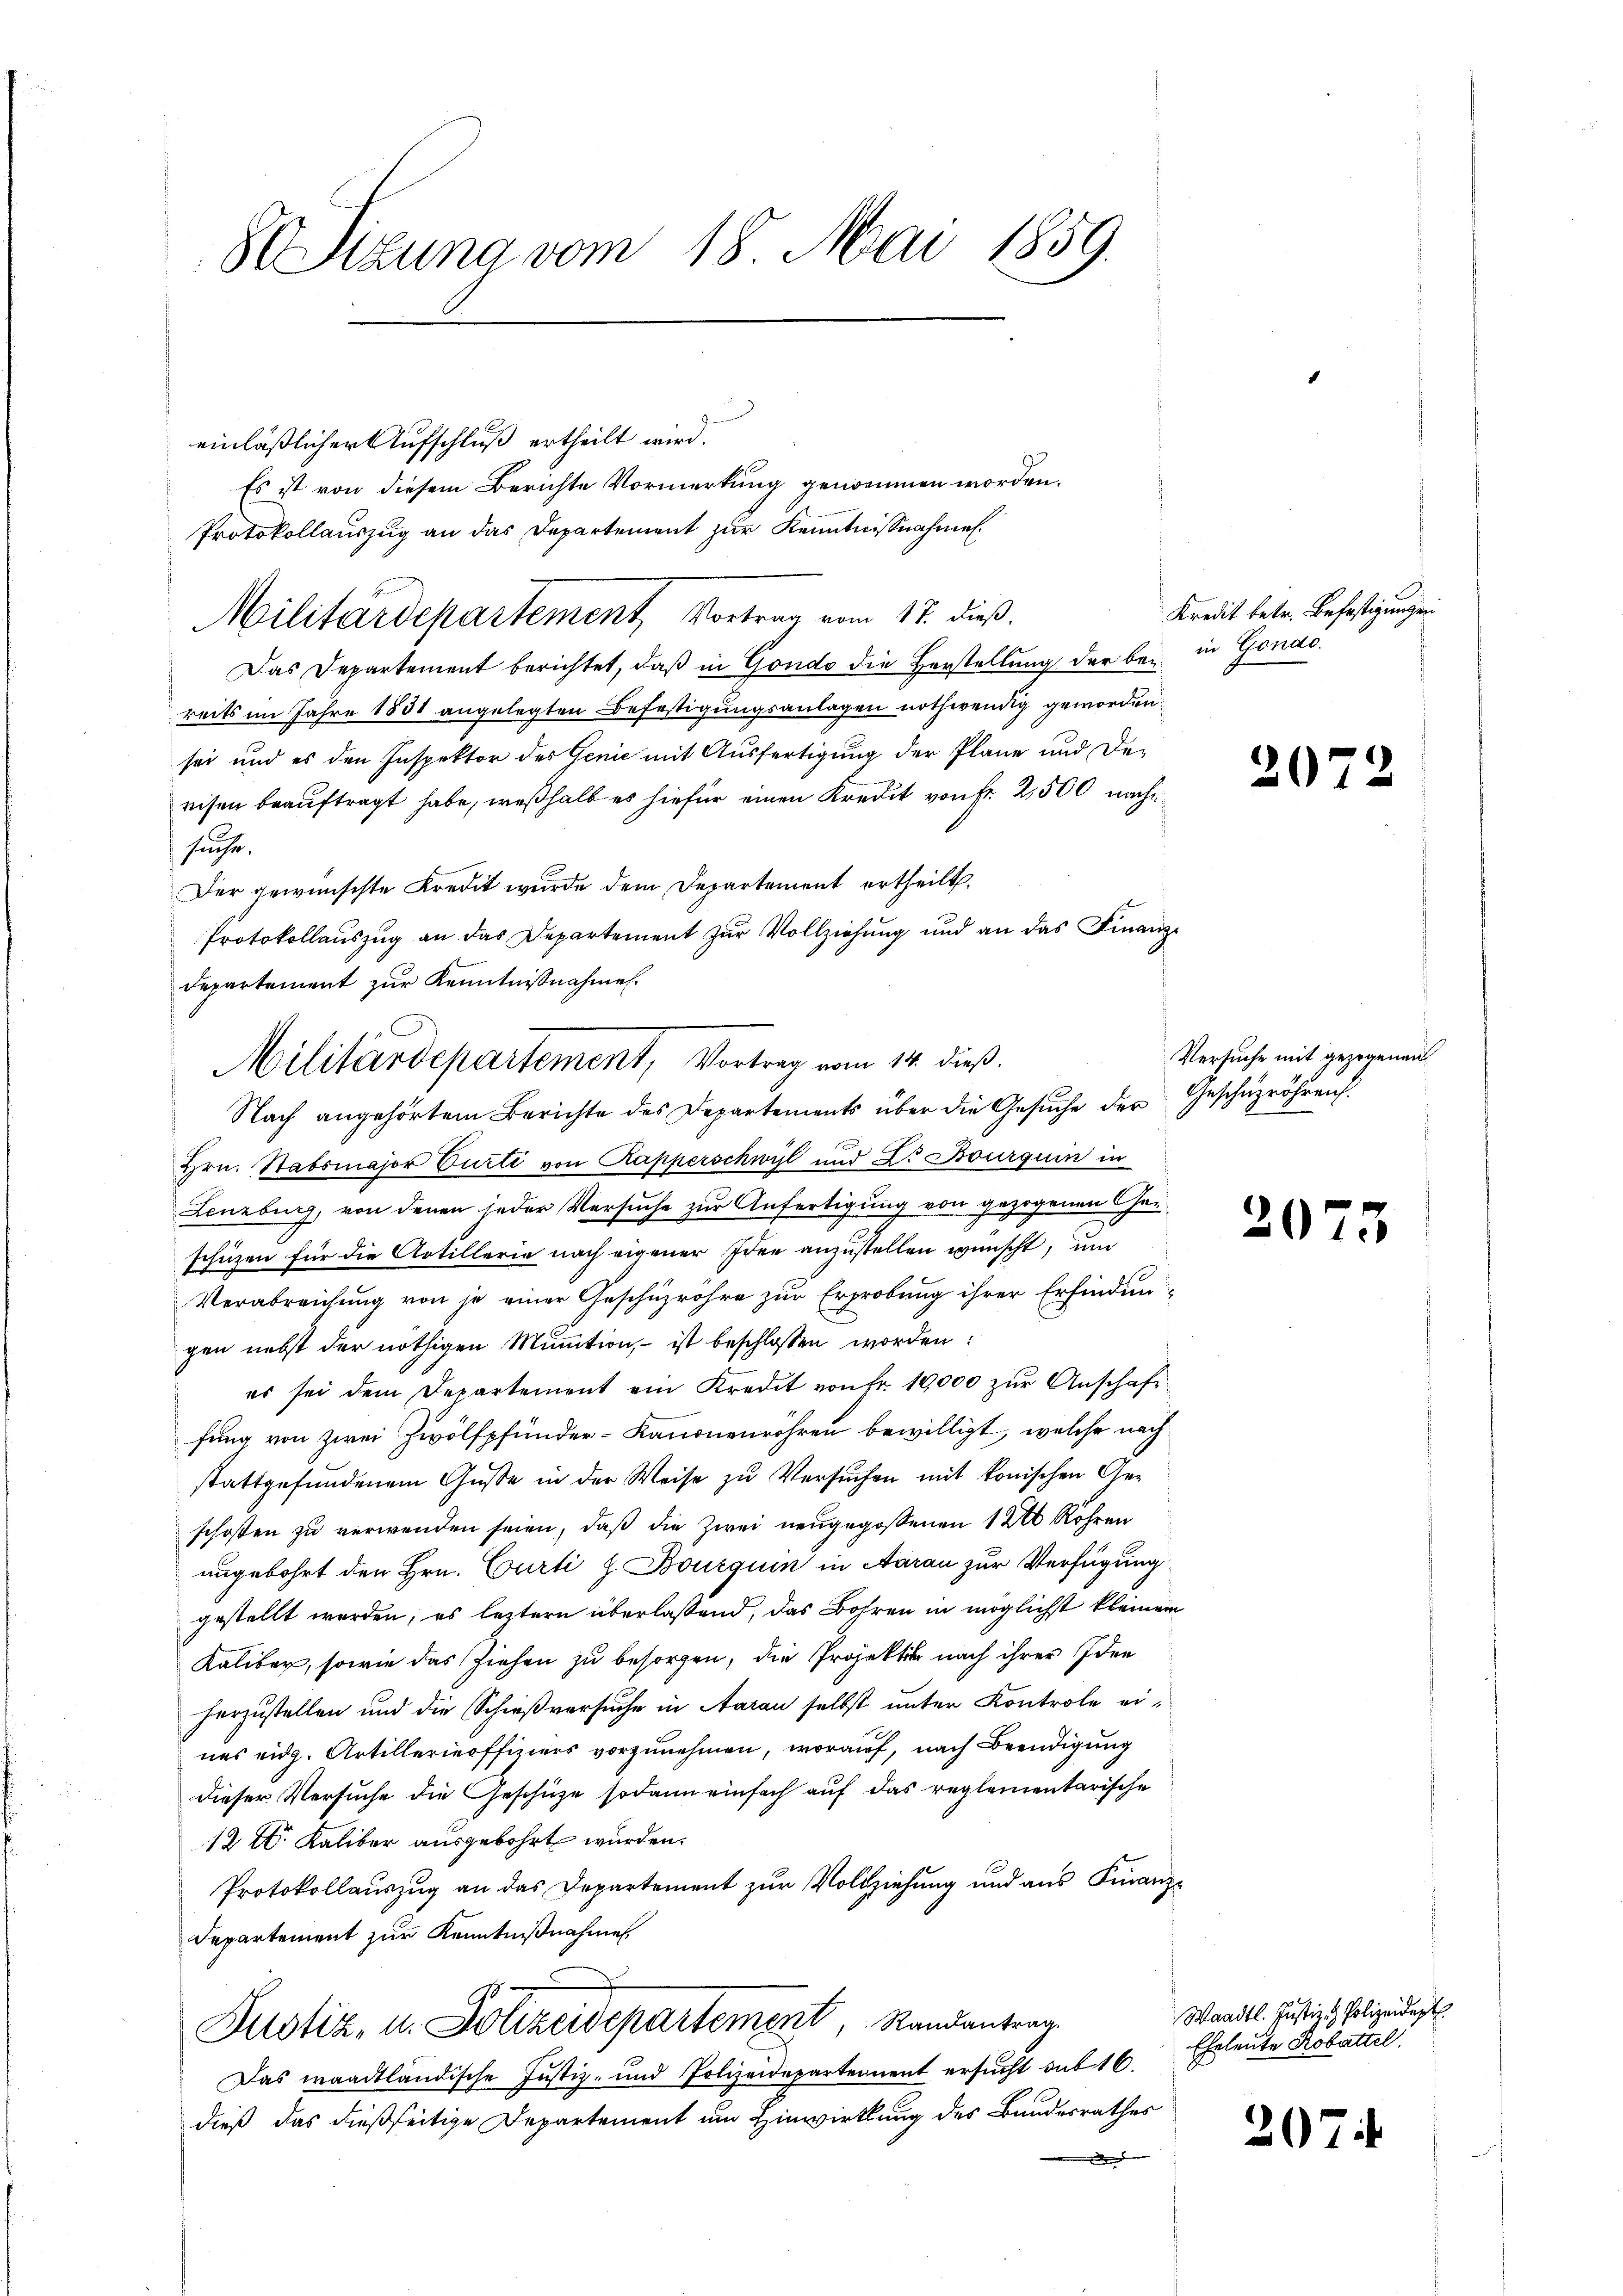
8 Sizung vom 18. Mai 1859.

einläßlicher Aufschluß ertheilt wird.
Es ist von diesem Berichte Vormerkung genommen worden.
Protokollauszug an das Departement zur Kenntnisnahmen.
Das Departement berichtet, daß in Gondo die Herstellung der bei in Gondo.
reits im Jahre 1831 angelegten Befestigungsanlagen nothwendig geworden
sei und es den Inspektor des Genie mit Ausfertigung der Pläne und De-
eisen beauftragt habe, weßhalb es hiefür einen Kredit von fr. 2,500 nach
suchte.
Der gewünschte Kredit wurde dem Departement ertheilt.
Protokollauszug an das Departement zŭr Vollziehung und an das Finanz¬
Departement zur Kenntnißnahmen.
Nach angehörtem Berichte des Departements über die Gesŭche der Geschüzröhren.
Hrn. Stabsmajor Curti von Kapperschwül und Dr Bourquin in
Lenzburg, von denen jeder Versuche zur Anfertigung von gezogenen Heischüzen für die Artillerie nach eigener Idee anzustellen wünscht, um
Verabreichung von je einer Geschüzrohre zur Erprobung ihrer Erfindungen nebst der nöthigen Munition, – ist beschlossen worden:
es sei dem Departement ein Kredit von fr. 10,000 zŭr Anschaft-
fung von zwei Zwölfpfunder-Kanonenröhren bewilligt, welche nachstattgefŭndenem Gŭβe in der Weise zŭ Versŭchen mit konischen Ge-
schoßen zu verwenden seien, daß die Zwei neugegossenen 1200 Rohren
ungebohrt den Hrn. Curti h. Bourquin in Aarau zur Verfügung
gestellt werden, es leztern überlaßend, das Bohren in möglichst kleinem
Kaliber, sowie das Ziehen zu besorgen, die Projektik nach ihrer Idee
herzustellen und die Schießversuche in Aarau selbst unter Kontrole eines eidg. Artillerinoffiziers vorzunehmen, worauf, nach Beendigung
dieser Versuche die Geschütze sodann einfach auf das reglementarische
12 t. Kaliber ausgebohrt wurden.
Protokollauszug an das Departement zur Vollziehung und aus Finanz-
Departement zur Kenntnißnahme.
Justiz, u. Polizeidepartement, Randantrag
Das waadtländische Justiz- und Polizeidepartement ersucht sub 16.
dieß das dießseitige Departement um Hinwirkung des Bundesrathes
e

Militärdepartement, Vortrag vom 17. dieß.

Militärdepartement, Vortrag vom 14. dieß.

Kredit betr. Befestigungen

2

Versuche mit gezogene

207

Waadt. Justiz & Polizeidet.
Eheleute Robattel

207